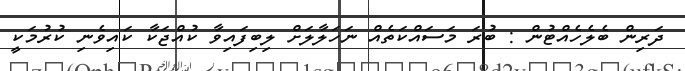
ދަރިން ބެލެހެއްޓުން : ބުރަ މަސައްކަތެއް ނަހަލާލަށް ލިބިފައިވާ ކުއްޖަކާ ކައިވެނި ކުރުމަކީ